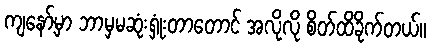
ကျနော့်မှာ ဘာမှမဆုံးရှုံးတာတောင် အလိုလို စိတ်ထိခိုက်တယ်။